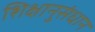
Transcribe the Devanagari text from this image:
शिक्षानुसंधान